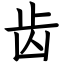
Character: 齿